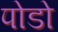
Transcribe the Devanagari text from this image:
पोडो